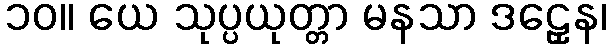
၁၀။ ယေ သုပ္ပယုတ္တာ မနသာ ဒဠှေန၊